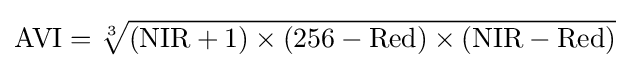
{\text{AVI}}={\sqrt[{3}]{({\text{NIR}}+1)\times ({\text{256}}-{\text{Red}})\times ({\text{NIR}}-{\text{Red}})}}